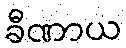
ခီဏာယ